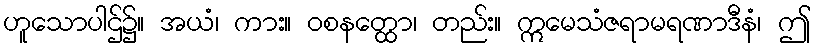
ဟူသောပါဌ်၌။ အယံ၊ ကား။ ဝစနတ္ထော၊ တည်း။ ဣမေသံဇရာမရဏာဒီနံ၊ ဤ